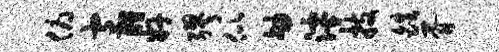
俯包酹奸缪似劬滹技皓胥